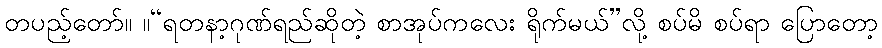
တပည့်တော်။ ။“ရတနာ့ဂုဏ်ရည်ဆိုတဲ့ စာအုပ်ကလေး ရိုက်မယ်”လို့ စပ်မိ စပ်ရာ ပြောတော့